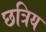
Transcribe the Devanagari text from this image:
छत्रिय